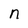
Character: n